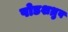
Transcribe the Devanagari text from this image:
षोडशध्रुव